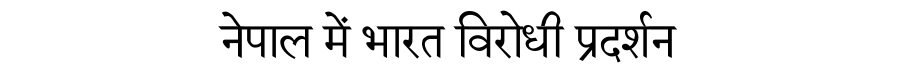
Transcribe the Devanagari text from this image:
नेपाल में भारत विरोधी प्रदर्शन